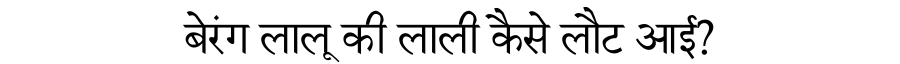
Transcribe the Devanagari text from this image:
बेरंग लालू की लाली कैसे लौट आई?